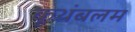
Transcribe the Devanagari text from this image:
कूथंबलम